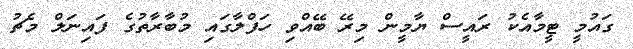
ގައުމީ ޓީމާއެކު ރައީސް ޔާމީން މިރޭ ބޭއްވި ހަފްލާގައި މުބާރާތުގެ ފައިނަލް މެޗު